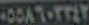
٠٥٥٨٦٠٣٣٤٢